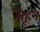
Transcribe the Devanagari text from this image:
सेहून